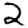
Digit: 2